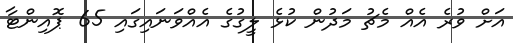
އަށް ވުރެ އެއް މެޗު މަދުން ކުޅެ ލީގުގެ އެއްވަނައިގައި 65 ޕޮއިންޓާ